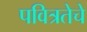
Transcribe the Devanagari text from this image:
पवित्रतेचे